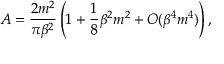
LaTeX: A = \frac { 2 m ^ { 2 } } { \pi \beta ^ { 2 } } \left( 1 + \frac { 1 } { 8 } \beta ^ { 2 } m ^ { 2 } + { \cal O } ( \beta ^ { 4 } m ^ { 4 } ) \right) ,